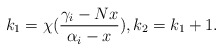
\begin{align*}k_1=\chi(\frac{\gamma_i-Nx}{\alpha_i-x}),k_2=k_1+1.\end{align*}